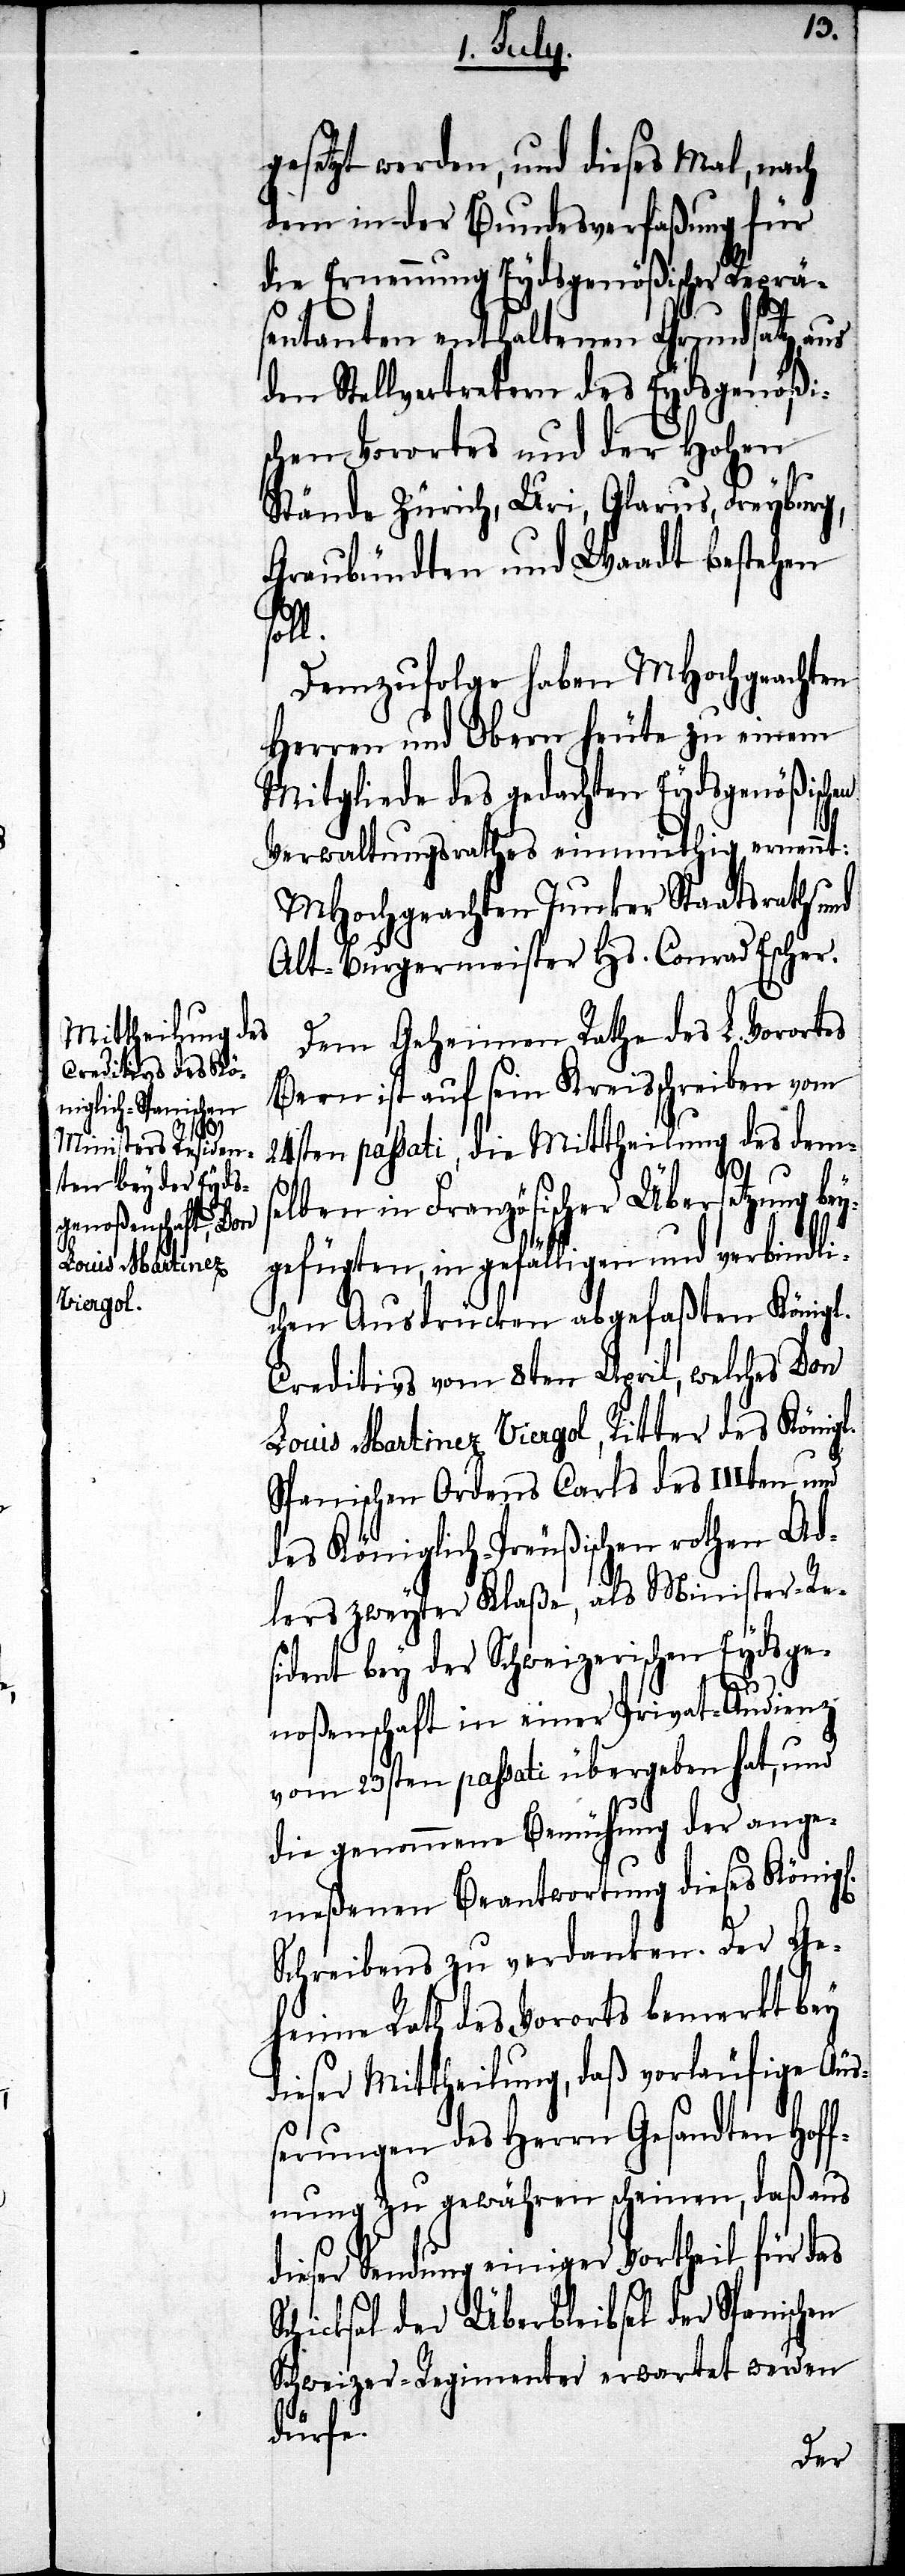
gesetzt werden, und dieses Mal, nach
dem in der Bundesverfaßung für
die Ernennung Eydsgenößischer Reprä¬
sentanten enthaltenen Grundsatz, aus
den Stellvertretern des Eydsgenößis¬
chen Vorortes und der Hohen
Stände Zürich, Uri, Glarus, Freyburg,
Graubündten und Waadt bestehen
l.
Demzufolge haben MHochgeachtet¬
Herren und Obern heute zu einem
Mitgliede des gedachten Eydsgenößisch¬
Verwaltungsrathes einmüthig ernennt:
MHochgeachten Junker Staatsrath und
Alt-Burgermeister Hs. Conrad Escher.
Dem Geheimen Rathe des L. Vorortes
Bern ist auf sein Kreisschreiben vom
24sten passati, die Mittheilung des dems¬
en
elben in Französischer Übersetzung be¬
ygefügten, in gefälligen und verbindli¬
chen Ausdrücken abgefaßten Königl.
Creditivs vom 8ten April, welches Don
Louis Martinez Viergol, Ritter des Königl.
Spanischen Ordens Carls des IIIten und
des Königlich-Preußischen rothen Ad¬
lers zweyter Klaße, als Minister-Re¬
sident bey der Schweizerischen Eydsge¬
noßenschaft in einer Privat-Audienz
vom 23ten passati übergeben hat, und
die genommene Bemühung der ange¬
meßenen Beantwortung dieses Königl.
Schreibens zu verdanken. Der Ge¬
heime Rath des Vororts bemerkt bey
dieser Mittheilung, daß vorläufige Äuß¬
erungen des Herrn Gesandten Hoff¬
nung zu gewähren scheinen, daß aus
dieser Sendung einiger Vortheil für das
Schicksal der Überbleibsel der Spanischen
Schweizer-Regimente erwartet werden
dürfe.